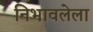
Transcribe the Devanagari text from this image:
निभावलेला